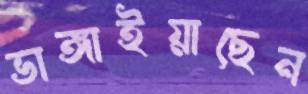
ভাঙ্গাইয়াছেন